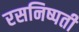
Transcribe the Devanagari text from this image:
रसनिष्पती